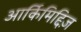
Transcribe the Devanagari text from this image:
आर्किमिद्दिज़